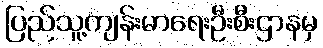
ပြည်သူ့ကျန်းမာရေးဦးစီးဌာနမှ